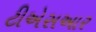
ટીએસઆર